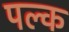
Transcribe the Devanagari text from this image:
पल्क